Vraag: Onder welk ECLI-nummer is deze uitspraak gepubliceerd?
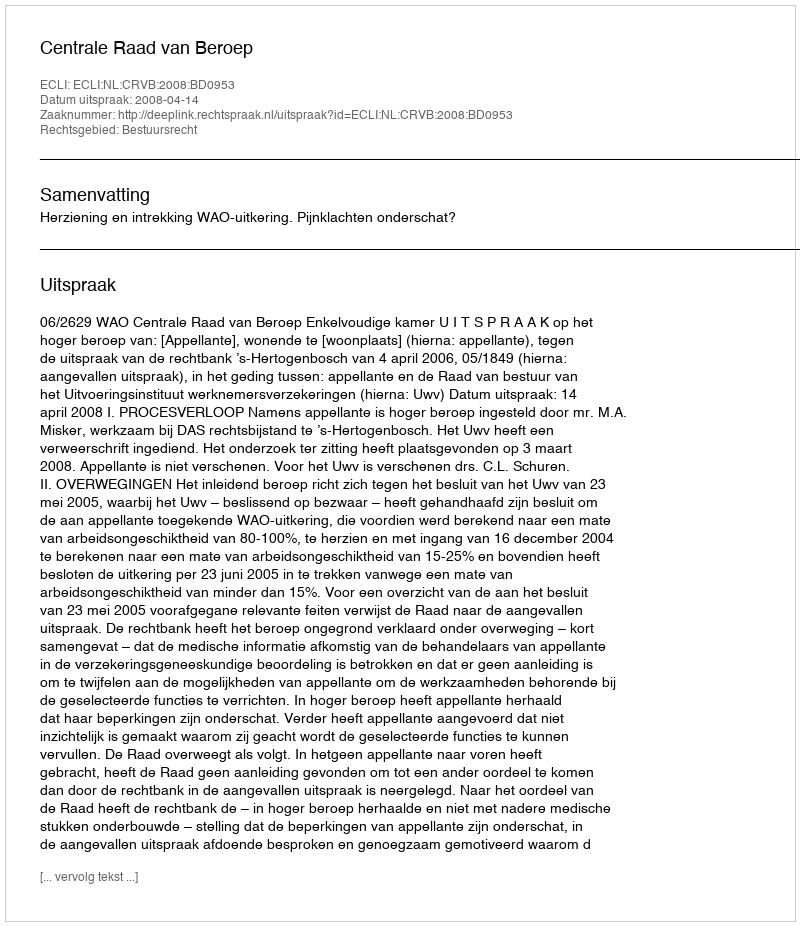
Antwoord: ECLI:NL:CRVB:2008:BD0953